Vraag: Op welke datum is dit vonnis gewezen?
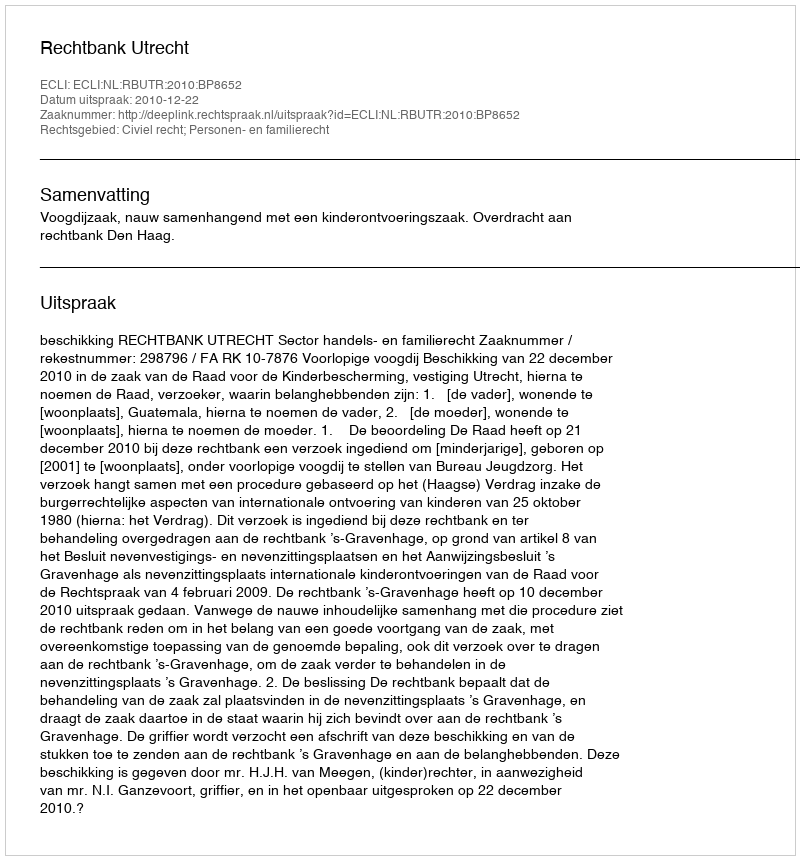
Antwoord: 2010-12-22